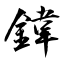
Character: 鍏